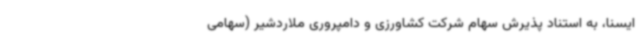
ایسنا، به استناد پذیرش سهام شرکت کشاورزی و دامپروری ملاردشیر (سهامی